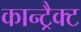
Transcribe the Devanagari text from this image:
कान्ट्रैक्ट